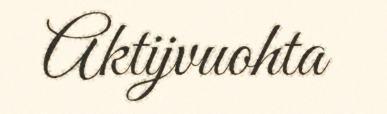
Aktijvuohta